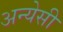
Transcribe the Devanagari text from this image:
अन्येसी